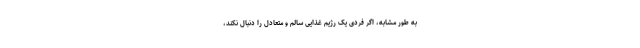
به طور مشابه، اگر فردی یک رژیم غذایی سالم و متعادل را دنبال نکند،